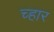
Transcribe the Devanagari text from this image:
च्हार